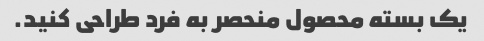
یک بسته محصول منحصر به فرد طراحی کنید.